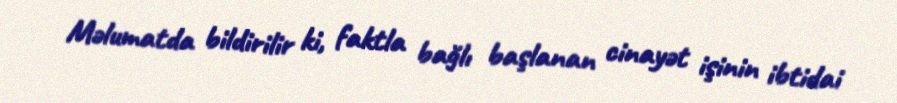
Məlumatda bildirilir ki, faktla bağlı başlanan cinayət işinin ibtidai